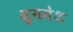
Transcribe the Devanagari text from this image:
सुमनेश